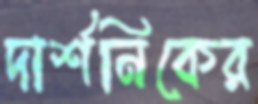
দার্শনিকের